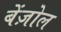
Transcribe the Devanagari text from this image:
बेंज़ोल